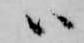
ハ